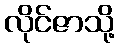
လိုင်ဇာသို့